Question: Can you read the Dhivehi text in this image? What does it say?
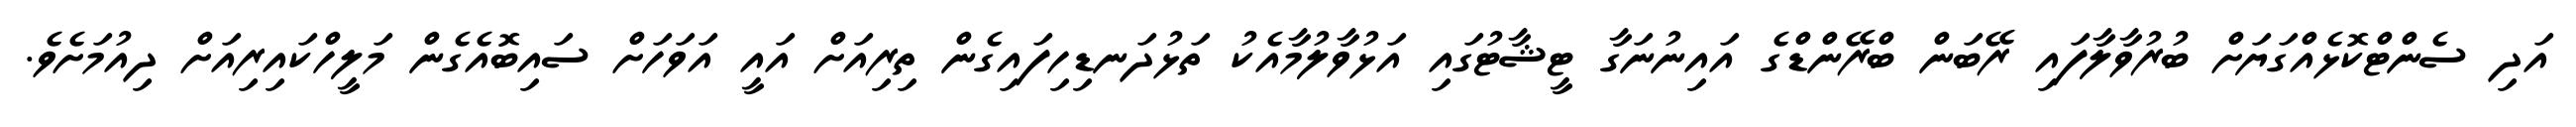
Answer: އަދި ސެންޓްކޮޅެއްގަޔަށް ބުރުވާލާފައި ރޭބަން ބްރޭންޑްގެ އައިނުނަގާ ޓީޝާޓުގައި އަޅުވާލުމާއެކު ތަޅުދަނޑިހިފައިގެން ތިރިއަށް އައީ އަވަހަށް ސައިބޮއެގެން މަލީހްކައިރިއަށް ދިއުމަށެވެ.